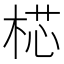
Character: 𣔀